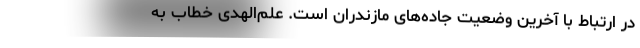
در ارتباط با آخرین وضعیت جاده‌های مازندران است. علم‌الهدی خطاب به